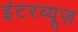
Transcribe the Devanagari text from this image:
इंटरव्यूज़